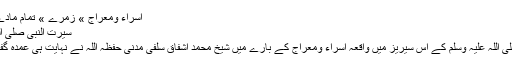
اسراء ومعراج » زمرے » تمام مادّے » صفحہ : 1
سیرت النبی صلی اللہ علیہ وسلم 2
سیرت النبی صلی اللہ علیہ وسلم کے اس سیریز میں واقعہ اسراء ومعراج کے بارے میں شیخ محمد اشفاق سلفی مدنی حفظہ اللہ نے نہایت ہی عمدہ گفتگو فرمایا ہے۔